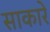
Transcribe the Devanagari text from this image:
साकारे